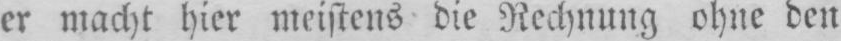
er macht hier meistens die Rechnung ohne den